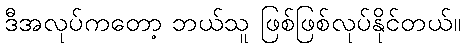
ဒီအလုပ်ကတော့ ဘယ်သူ ဖြစ်ဖြစ်လုပ်နိုင်တယ်။